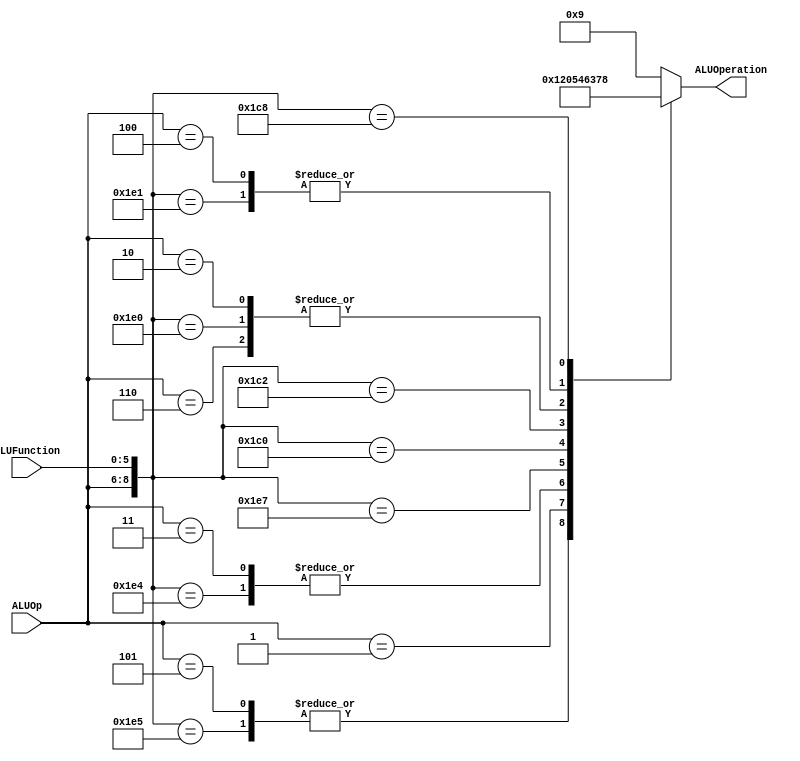
/******************************************************************
* Description
*	This is the control unit for the ALU. It receves an signal called 
*	ALUOp from the control unit and a signal called ALUFunction from
*	the intrctuion field named function.
* Version:
*	1.0
* Author:
*	Dr. Jos Luis Pizano Escalante
* email:
*	luispizano@iteso.mx
* Date:
*	01/03/2014
******************************************************************/
module ALUControl
(
	input [2:0] ALUOp,
	input [5:0] ALUFunction,
	output [3:0] ALUOperation

);

localparam R_Type_AND    = 9'b111_100100;
localparam R_Type_OR     = 9'b111_100101;
localparam R_Type_NOR    = 9'b111_100111;
localparam R_Type_ADD    = 9'b111_100000;
localparam R_Type_SUB    = 9'b111_100001; 
localparam R_Type_SLL	 = 9'b111_000000;
localparam R_Type_SRL	 = 9'b111_000010;
//
localparam R_Type_JR		 = 9'b111_001000;
//
localparam I_Type_ADDI   = 9'b110_xxxxxx;
localparam I_Type_ORI    = 9'b101_xxxxxx;
localparam I_Type_ANDI   = 9'b011_xxxxxx; 
localparam I_Type_LUI    = 9'b001_xxxxxx; 
localparam I_Type_LW		 = 9'b010_xxxxxx;
localparam I_Type_BE     = 9'b100_xxxxxx; 
localparam I_Type_SW 	 = 9'b010_xxxxxx;

reg [3:0] ALUControlValues;
wire [8:0] Selector;

assign Selector = {ALUOp, ALUFunction};

always@(Selector)begin
	casex(Selector)
		R_Type_AND:    ALUControlValues = 4'b0000;
		R_Type_OR: 		ALUControlValues = 4'b0001;
		I_Type_ORI:		ALUControlValues = 4'b0001;
		I_Type_ADDI: 	ALUControlValues = 4'b0011;
		I_Type_LUI: 	ALUControlValues = 4'b0010; 
		I_Type_ANDI: 	ALUControlValues = 4'b0000; 
		R_Type_ADD:		ALUControlValues = 4'b0011; 
		R_Type_SUB:		ALUControlValues = 4'b0111; 
		R_Type_NOR:		ALUControlValues = 4'b0101;
		R_Type_SLL:		ALUControlValues = 4'b0100;
		R_Type_SRL:		ALUControlValues = 4'b0110;
		I_Type_LW :		ALUControlValues = 4'b0011;
		I_Type_BE :		ALUControlValues = 4'b0111;
		R_Type_JR :		ALUControlValues = 4'b1000;
		I_Type_SW :		ALUControlValues = 4'b0011;
		
		default: ALUControlValues = 4'b1001;
	endcase
end


assign ALUOperation = ALUControlValues;

endmodule